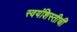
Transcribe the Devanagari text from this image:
स्वयंशिस्तीची